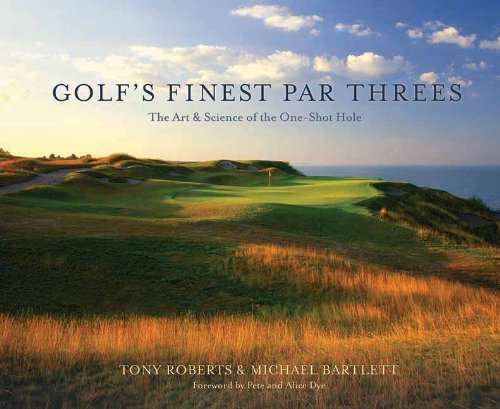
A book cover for Golf's Finest Par Threes: The Art & Science of the One-Shot Hole; Michael Bartlett; Arts & Photography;